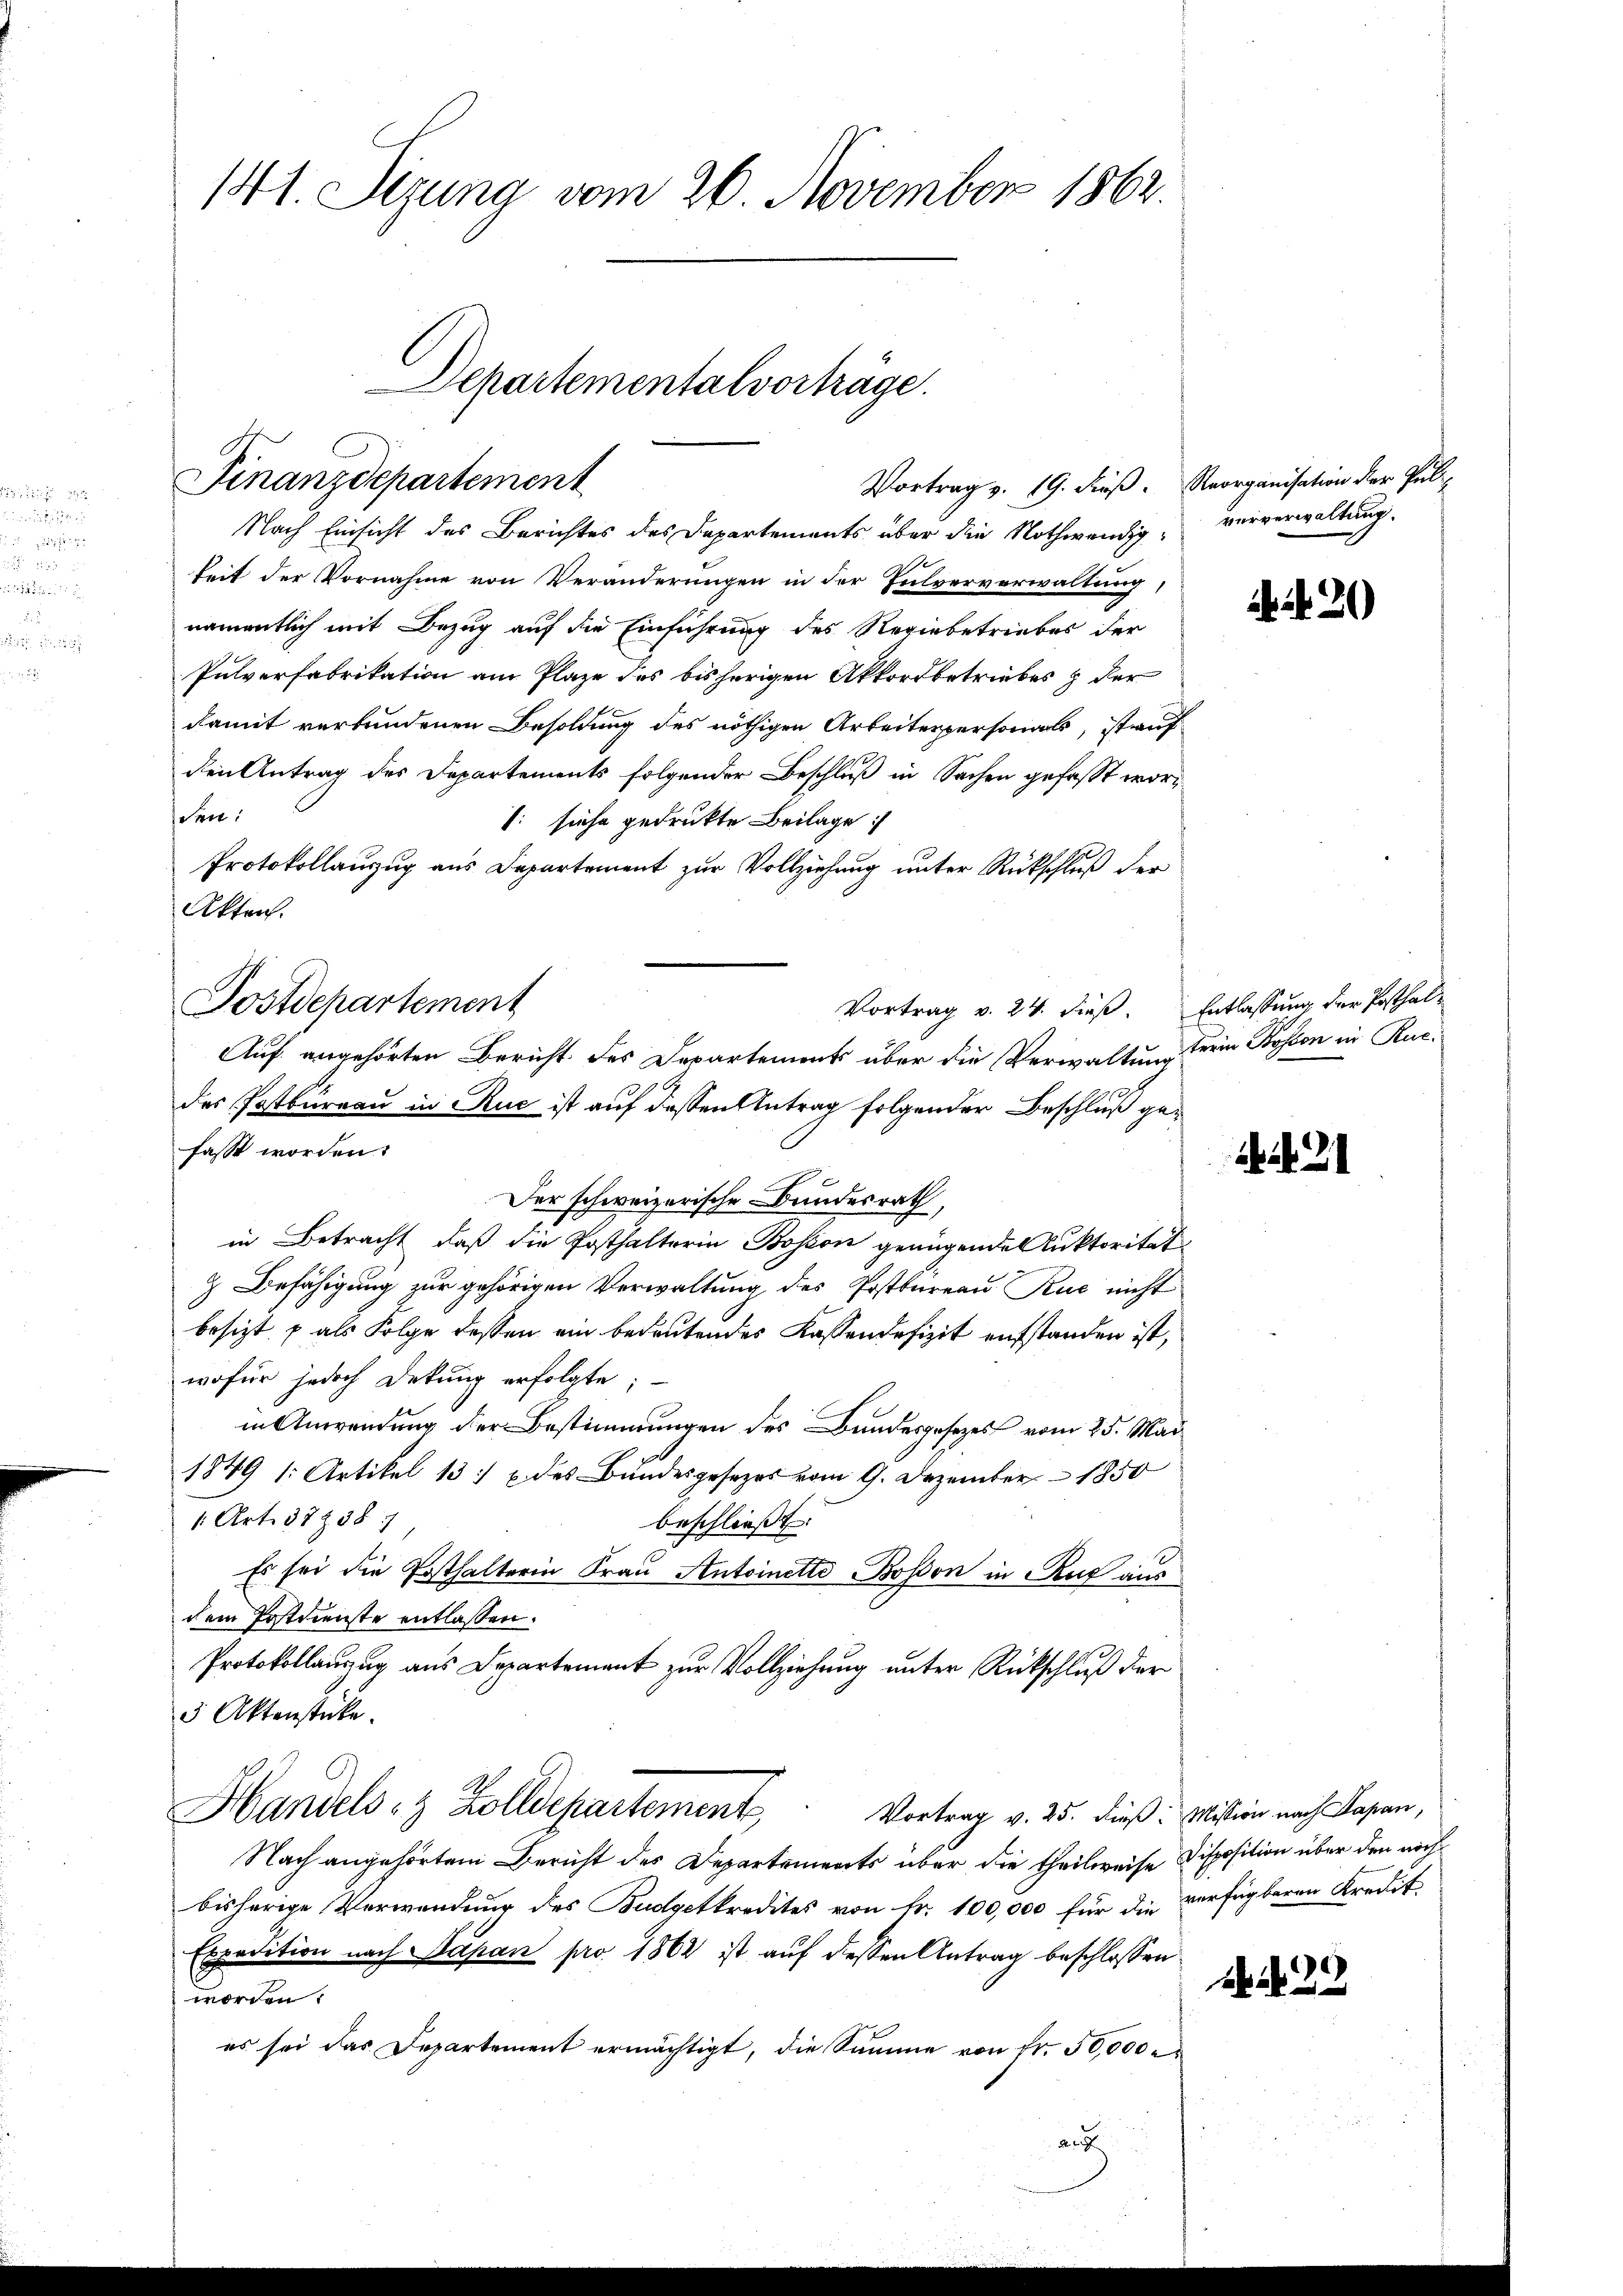
141. Sizung vom 26. November 1862.

Vortrag v. 19. dieß. Reorganisation der Pul¬
Nach Einsicht des Berichtes des Departements über die Nothwendig, ververwaltung.
keit der Vornahme von Veränderungen in der Hulververwaltung,
namentlich mit Bezug auf die Einführung des Regiebetriebes der
Pulverfabrikation am Plaze des bisherigen Akkordbetriebes & der
damit verbundenen Besoldung des nöthigen Arbeiterpersonals, ist auf
den Antrag des Departements folgender Beschluß in Sachen gefasst worden:
: siche gedruckte Beilage :/
Protokollauszug aus Departement zur Vollziehung unter Rückschluß der
Akten.
Postdepartement
des Postbureau in Ruc ist auf dessen Antrag folgender Beschluß gefasst worden.
Der schweizerische Bundesrath,
in Betracht, daß die Posthalterin Bosson genügende Auktorität
 Befähigung zur gehörigen Verwaltung des Postbureau Rue nicht
besizt. x als Folge dessen ein bedeutendes Kassendefizit aufstanden ist,
wofür jedoch Dekung erfolgte;
in Anwendung der Bestimmungen des Bundesgesetzes vom 25. Mai
1849 (: Artikel 131 u. des Bundesgesezes vom 9. Dezember 1850
1 Art. 372387
beschließt:
Es sei die Posthalterin Frau Antoinette Bosson in Ruf ausdem Postdienste entlassen.
Protokollauszug aus Departement zur Vollziehung unter Rückschluß der
5 Aktenstücke.
Handels- & Zolldepartement Vortrag v. 25. dieß: Mission nach Casan,
Nach angehörtem Bericht des Departements über die theilweise Disposition über den noch
bisherige Verwendung des Budgetkredites von Fr. 100,000 für die verfügbaren Kredit
Expedition nach Sapan pro 1862 ist auf dessen Antrag beschlossen
worden.
es sei das Departement ermächtigt, die Summe von Fr. 50,000
au

Finanzdepartement

Auf angehörten Bericht des Departements über die Verwaltung

Departementalvorträge.

Vortrag v. 24. dieß. Entlassung der Posthal¬

20

Derin Kosten in Ruc

N. 21

1 f 22